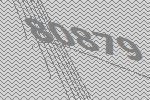
80879